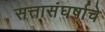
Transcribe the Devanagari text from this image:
सत्तासंघर्षाचे